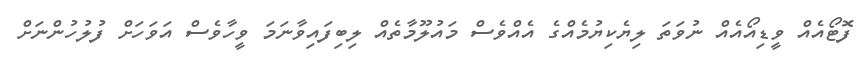
ފޮޓޯއެއް ވީޑިއޯއެއް ނުވަތަ ލިޔެކިޔުމެއްގެ އެއްވެސް މައުލޫމާތެއް ލިބިފައިވާނަމަ ވީހާވެސް އަވަހަށް ފުލުހުންނަށް